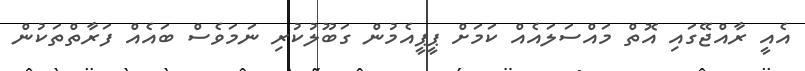
އެއީ ރާއްޖޭގައި އޮތް މައްސަލައެއް ކަމަށް ޕީޕީއެމުން ގަބޫލުކުރި ނަމަވެސް ބައެއް ފަރާތްތަކުން